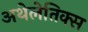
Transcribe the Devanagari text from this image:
अथेलेतिक्स